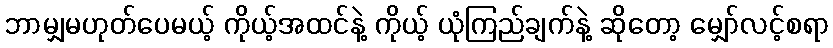
ဘာမျှမဟုတ်ပေမယ့် ကိုယ့်အထင်နဲ့ ကိုယ့် ယုံကြည်ချက်နဲ့ ဆိုတော့ မျှော်လင့်စရာ